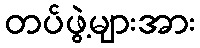
တပ်ဖွဲ့များအား